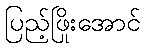
ပြည့်ဖြိုးအောင်